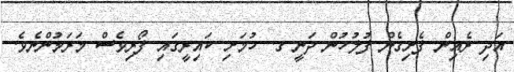
އަދި ރެއިން ފެށިގެން ފުލުހުން ދަނީ ގ. ހުމަށި ކައިރީގައި ފޯރިވެސް މަރަމުންނެވެ.